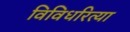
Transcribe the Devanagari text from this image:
विविधरित्या